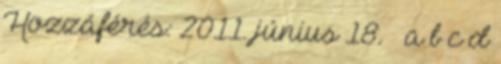
Hozzáférés: 2011. június 18. ↑ a b c d